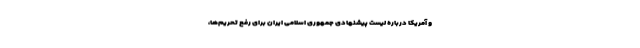
و آمریکا درباره لیست پیشنهادی جمهوری اسلامی ایران برای رفع تحریم‌ها،